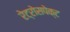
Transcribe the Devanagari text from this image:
रेट्रोसपेक्ट